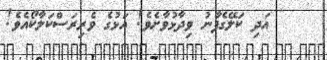
އަދި ކަލޭގެފާނު ވިދާޅުވާށެވެ! އަޅުގެ ވެރިރަސްކަލާކޯއެވެ!